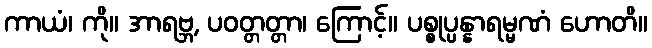
ကာယံ၊ ကို။ အာရဗ္ဘ, ပဝတ္တတ္တာ၊ ကြောင့်။ ပစ္စုပ္ပန္နာရမ္မဏံ ဟောတိ။